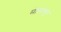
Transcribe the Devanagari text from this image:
सोळांकूर